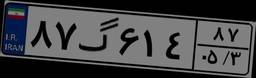
۸۷گ۶۱۴۸۷